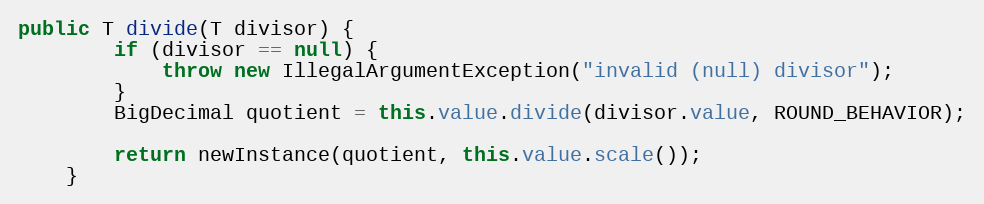
Language: Java
public T divide(T divisor) {
        if (divisor == null) {
            throw new IllegalArgumentException("invalid (null) divisor");
        }
        BigDecimal quotient = this.value.divide(divisor.value, ROUND_BEHAVIOR);

        return newInstance(quotient, this.value.scale());
    }